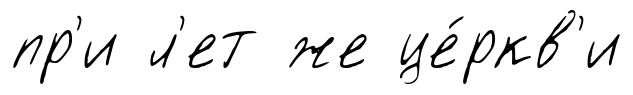
пр'и л'ет же це́ркв'и